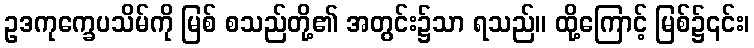
ဥဒကုက္ခေပသိမ်ကို မြစ် စသည်တို့၏ အတွင်း၌သာ ရသည်။ ထို့ကြောင့် မြစ်၌၎င်း၊